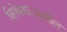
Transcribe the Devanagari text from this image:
विरोधकांच्यातील